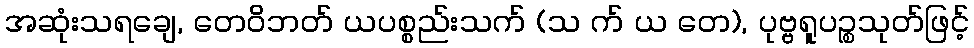
အဆုံးသရချေ, တေဝိဘတ် ယပစ္စည်းသက် (သ က် ယ တေ), ပုဗ္ဗရူပဉ္စသုတ်ဖြင့်